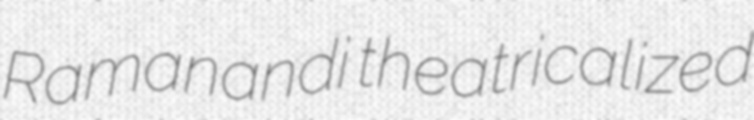
Ramanandi theatricalized